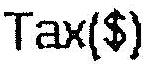
TAX($)